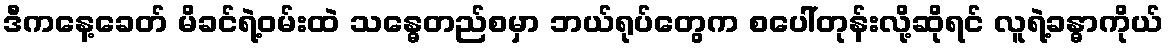
ဒီကနေ့ခေတ် မိခင်ရဲ့ဝမ်းထဲ သန္ဓေတည်စမှာ ဘယ်ရုပ်တွေက စပေါ်တုန်းလို့ဆိုရင် လူရဲ့ခန္ဓာကိုယ်